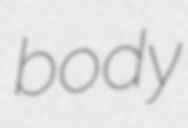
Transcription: body